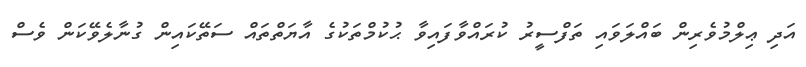
އަދި ޢިލްމުވެރިން ބައްލަވައި ތަފްސީރު ކުރައްވާފައިވާ ޙުކުމްތަކުގެ އާޔަތްތައް ސަތޭކައިން ގުނާލެވޭކަން ވެސް